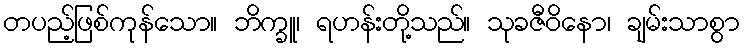
တပည့်ဖြစ်ကုန်သော။ ဘိက္ခူ၊ ရဟန်းတို့သည်။ သုခဇီဝိနော၊ ချမ်းသာစွာ